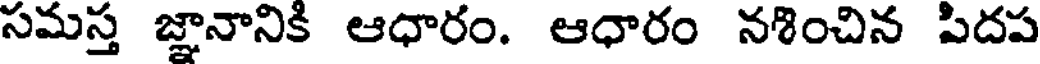
సమస్త జ్ఞానానికి ఆధారం. ఆధారం నశించిన పిదప